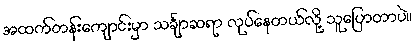
အထက်တန်းကျောင်းမှာ သင်္ချာဆရာ လုပ်နေတယ်လို့ သူပြောတာပဲ။